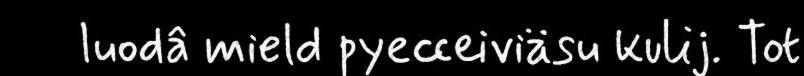
luodâ mield pyecceiviäsu kulij. Tot